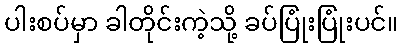
ပါးစပ်မှာ ခါတိုင်းကဲ့သို့ ခပ်ပြုံးပြုံးပင်။